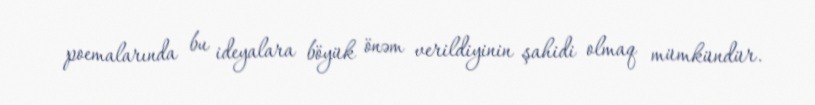
poemalarında bu ideyalara böyük önəm verildiyinin şahidi olmaq mümkündür.